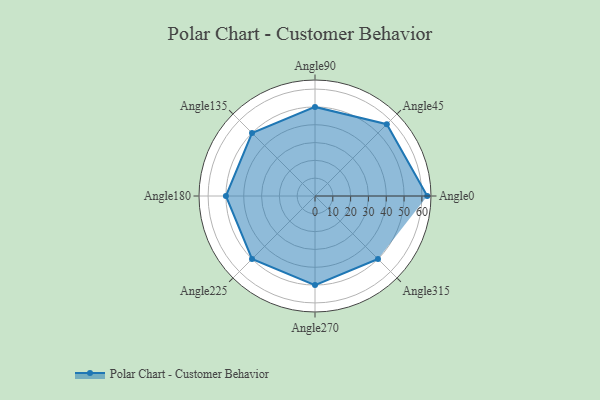
{"axis": {"x": "Angle", "y": "Radius"}, "legend": [""], "data": [{"x": "Angle0", "y": 63.0, "type": ""}, {"x": "Angle45", "y": 57.0, "type": ""}, {"x": "Angle90", "y": 50.0, "type": ""}, {"x": "Angle135", "y": 50, "type": ""}, {"x": "Angle180", "y": 50.0, "type": ""}, {"x": "Angle225", "y": 50, "type": ""}, {"x": "Angle270", "y": 50, "type": ""}, {"x": "Angle315", "y": 50, "type": ""}]}